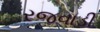
રજવાડી